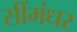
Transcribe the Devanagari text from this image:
सींमंधर